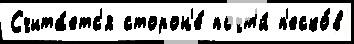
Счита́етс'я сторон'е́ почт'и́ п'еско́в